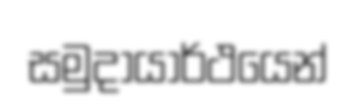
සමුදායාර්ථයෙන්